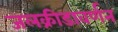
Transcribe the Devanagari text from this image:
जलक्रीडावर्णन